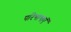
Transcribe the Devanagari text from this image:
परिभाषाऍं